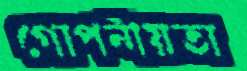
গোপনীয়তা